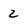
Character: 2